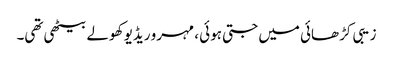
زیبی کڑھائی میں جتی ہوئی ، مہرو ریڈیو کھولے بیٹھی تھی۔